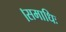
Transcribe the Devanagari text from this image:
।समाधिः